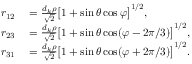
\begin{array} { r l } { r _ { 1 2 } } & { { } = \frac { d _ { k } \rho } { \sqrt { 2 } } \big [ 1 + \sin \theta \cos \varphi \big ] ^ { 1 / 2 } , } \\ { r _ { 2 3 } } & { { } = \frac { d _ { k } \rho } { \sqrt { 2 } } \big [ 1 + \sin \theta \cos ( \varphi - 2 \pi / 3 ) \big ] ^ { 1 / 2 } , } \\ { r _ { 3 1 } } & { { } = \frac { d _ { k } \rho } { \sqrt { 2 } } \big [ 1 + \sin \theta \cos ( \varphi + 2 \pi / 3 ) \big ] ^ { 1 / 2 } . } \end{array}